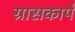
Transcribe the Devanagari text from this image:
ग्रासकार्प